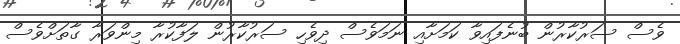
ވެސް ސަރުކާރުން ބުނެފައިވާ ކަމަށާއި ނަމަވެސް ދިވެހި ސަރުކާރުން ލަފާކުރާ މިންވަރާ ގާތަށްވެސް